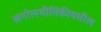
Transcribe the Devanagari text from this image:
खगोलभौतिकीमधील